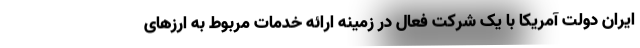
ایران دولت آمریکا با یک شرکت فعال در زمینه ارائه خدمات مربوط به ارزهای